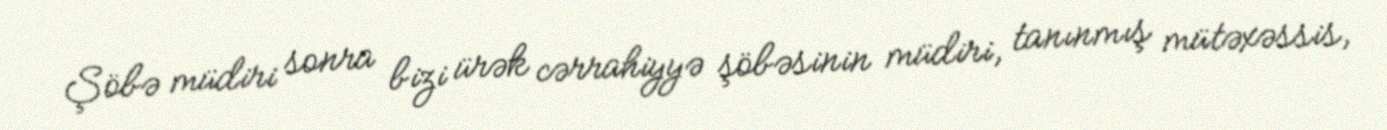
Şöbə müdiri sonra bizi ürək cərrahiyyə şöbəsinin müdiri, tanınmış mütəxəssis,